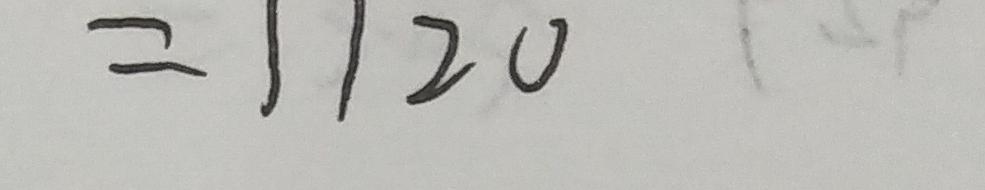
= 1 1 2 0